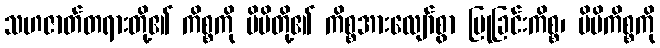
သဟဇာတ်တရားတို့၏ ကိစ္စကို မိမိတို့၏ ကိစ္စအားလျော်စွာ ပြုခြင်းကိစ္စ၊ မိမိကိစ္စကို